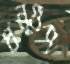
ধনুগুণ